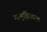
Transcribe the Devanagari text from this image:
सामूहिकरण